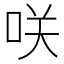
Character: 咲